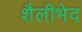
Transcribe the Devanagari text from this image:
शैलीभेद